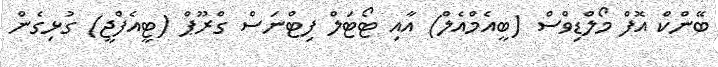
ބޭންކް އޮފް މޯލްޑިވްސް (ބީއެމްއެލް) އާއި ޓޯޓަލް ފިޓްނަސް ގްރޫޕް (ޓީއެފްޖީ) ގުޅިގެން